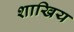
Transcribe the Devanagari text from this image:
शाखिय